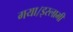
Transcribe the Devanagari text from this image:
गया।इस्लामी